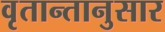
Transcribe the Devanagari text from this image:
वृतान्तानुसार